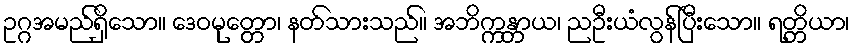
ဥဂ္ဂအမည်ရှိသော။ ဒေဝမုတ္တော၊ နတ်သားသည်။ အဘိက္ကန္တာယ၊ ညဦးယံလွန်ပြီးသော။ ရတ္တိယာ၊